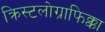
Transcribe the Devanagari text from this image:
क्रिस्टलोग्राफिक्का